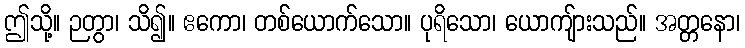
ဤသို့။ ဉတွာ၊ သိ၍။ ဧကော၊ တစ်ယောက်သော။ ပုရိသော၊ ယောကျ်ားသည်။ အတ္တနော၊